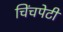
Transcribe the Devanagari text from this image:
चिंचपेटी